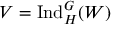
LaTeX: V = { \mathrm { I n d } } _ { H } ^ { G } ( W )